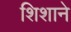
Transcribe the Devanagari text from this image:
शिशाने